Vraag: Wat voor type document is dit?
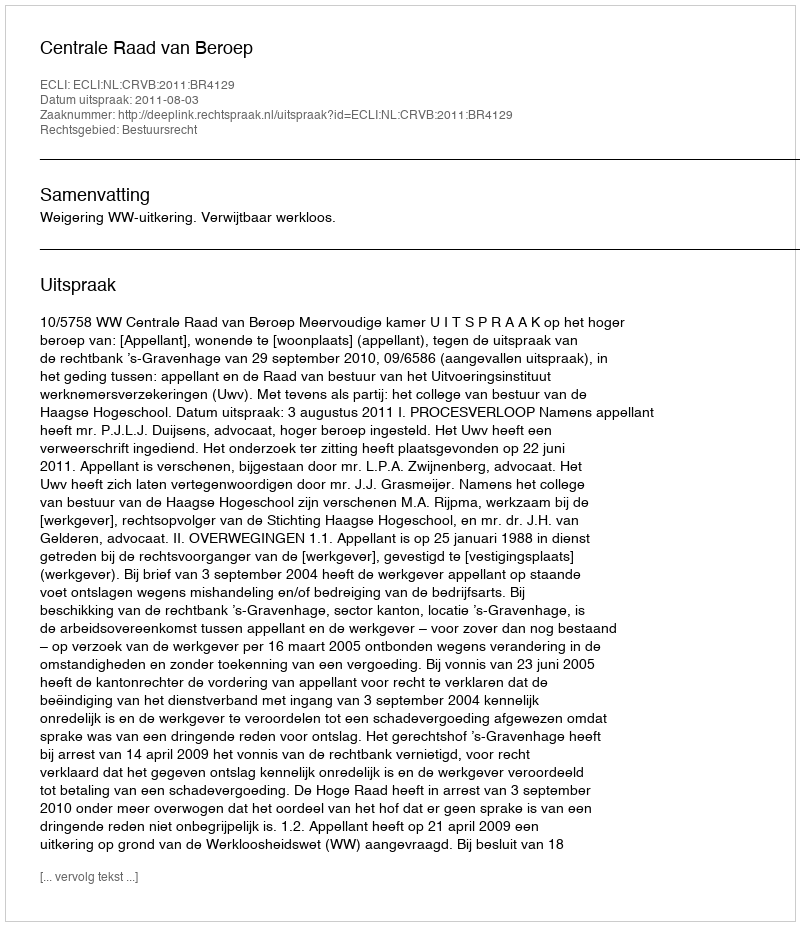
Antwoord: Uitspraak